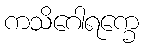
ကသိဂေါရက္ခေ